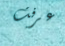
عرفت